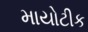
માયોટીક